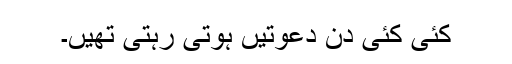
کئی کئی دن دعوتیں ہوتی رہتی تھیں۔